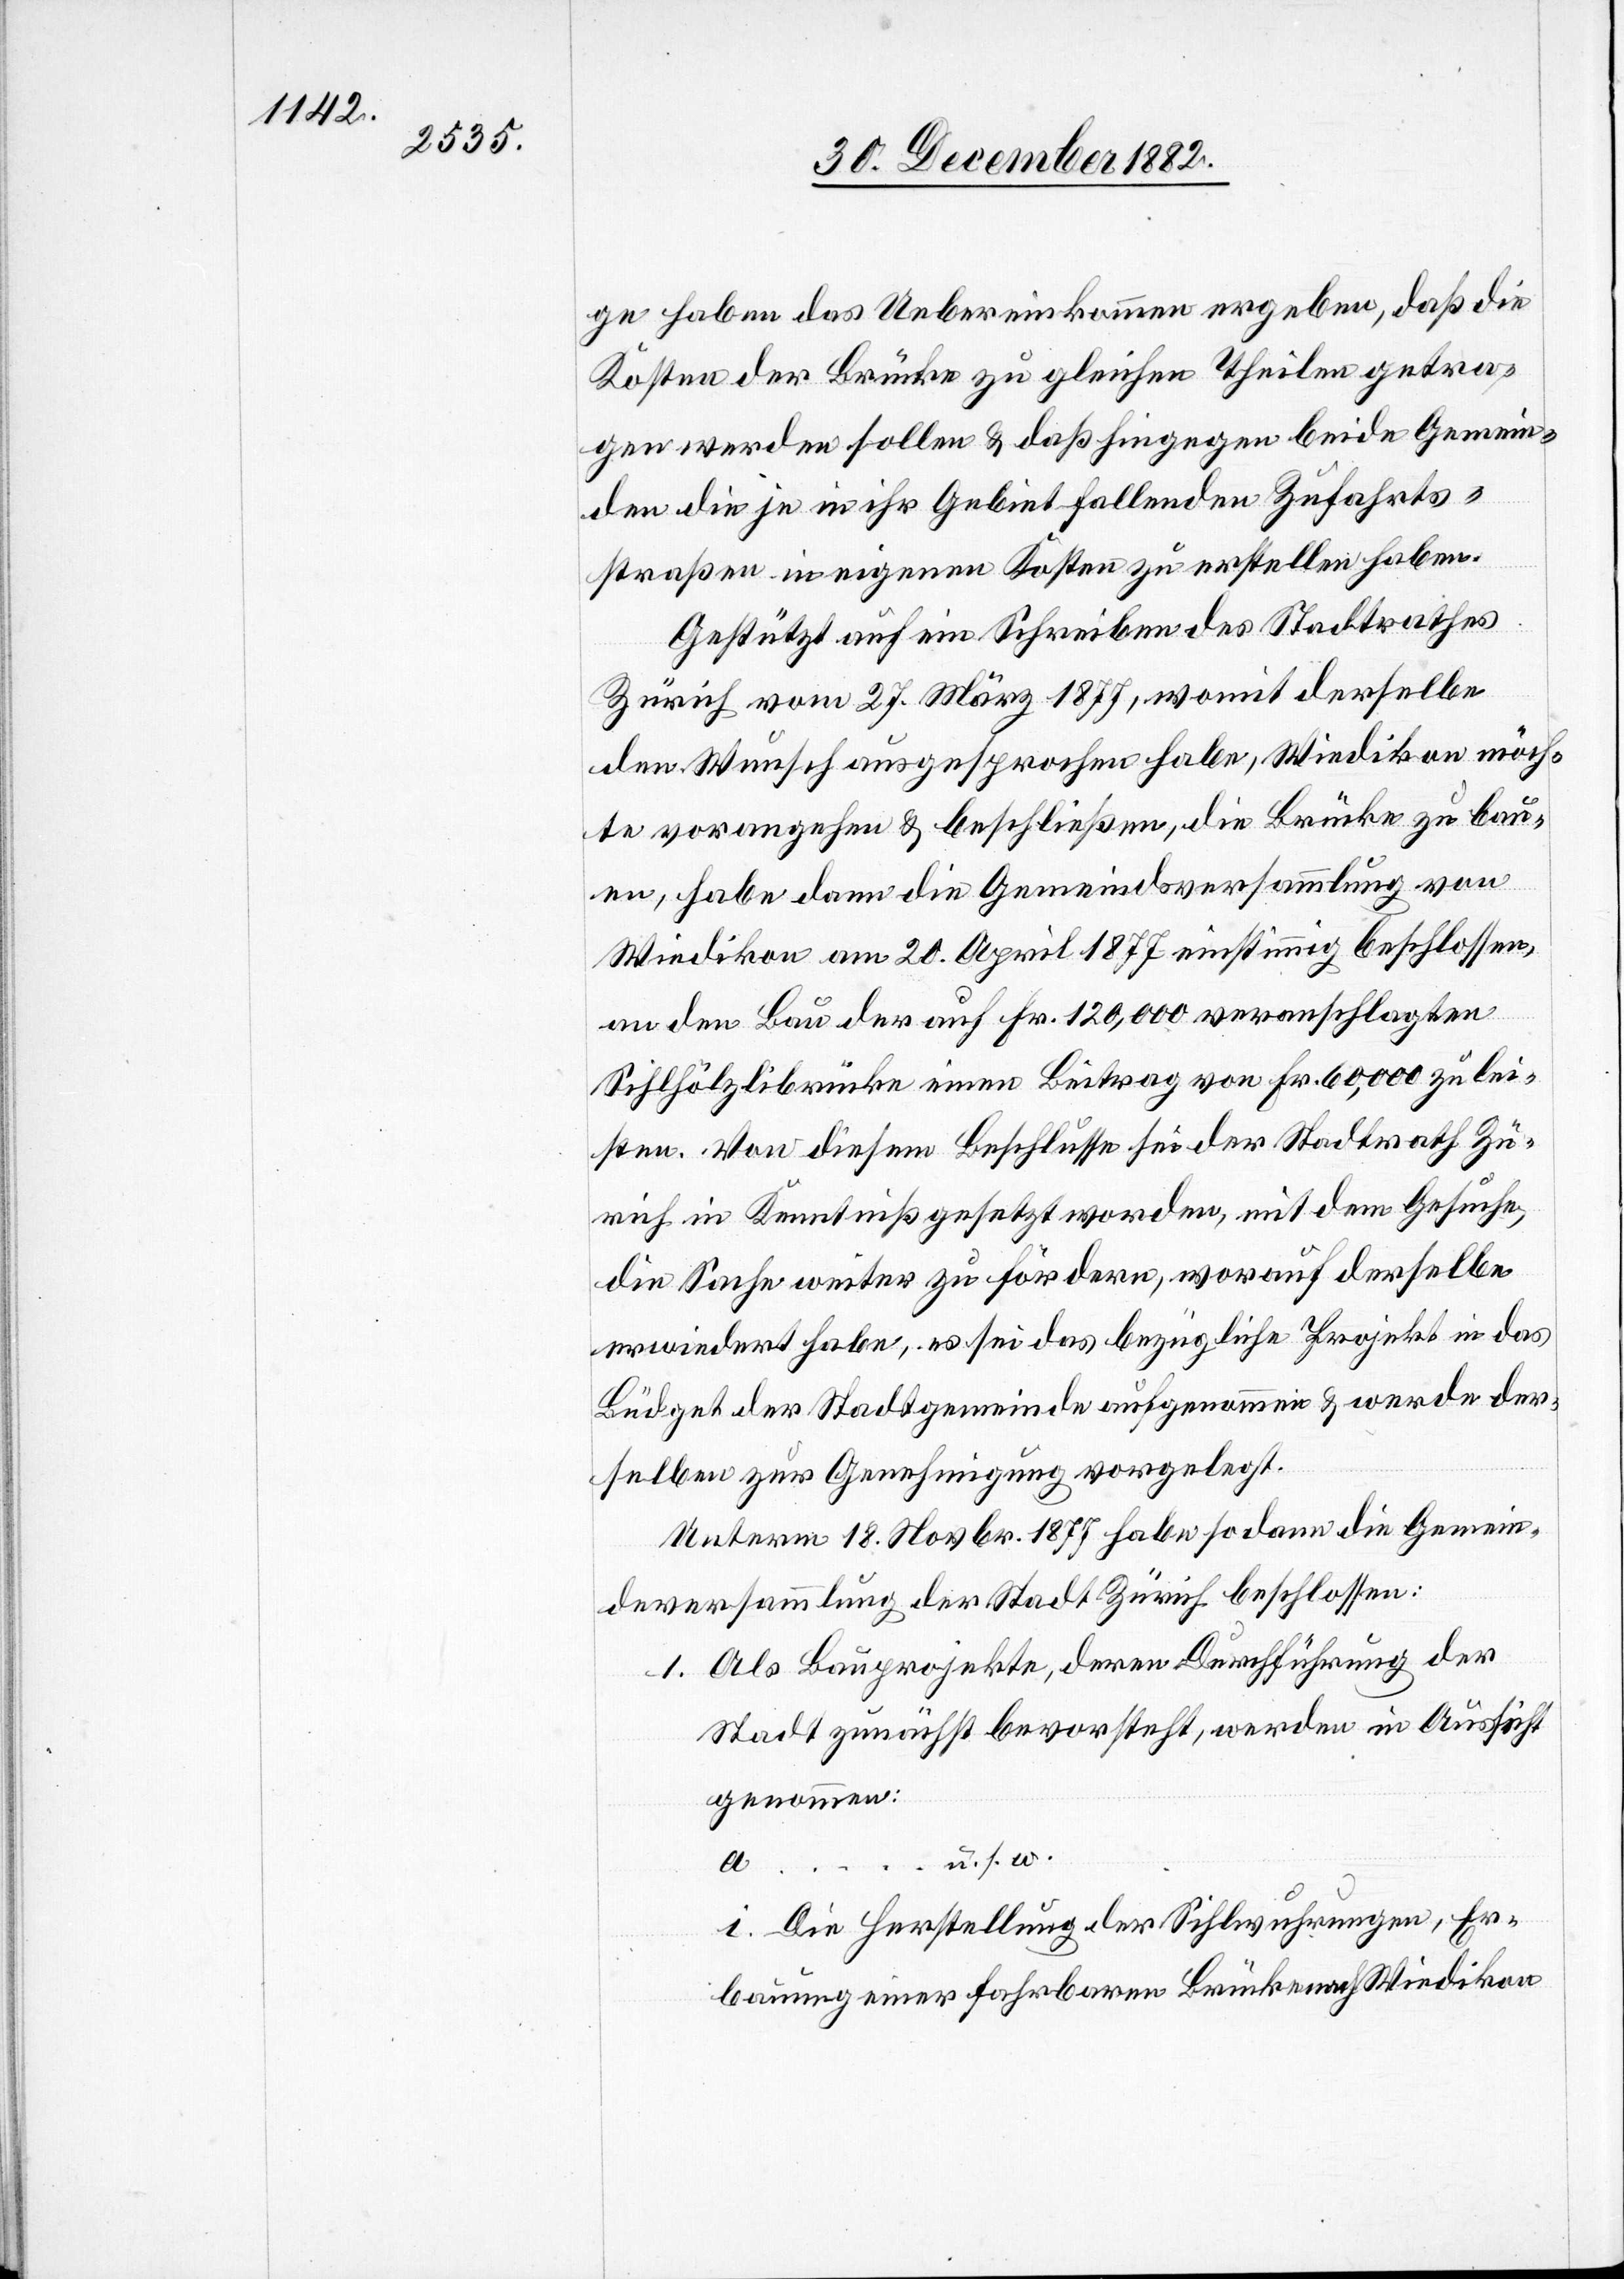
ge haben das Uebereinkommen ergeben, daß die
Kosten der Brücke zu gleichen Theilen getra¬
gen werden sollen & daß hiegegen beide Gemein¬
den die je in ihr Gebiet fallenden Zufahrts¬
straßen in eigenen Kosten zu erstellen haben.
Gestützt auf ein Schreiben des Stadtrathes
Zürich vom 27. März 1877, womit derselbe
den Wunsch ausgesprochen habe, Wiedikon möch¬
te vorangehen & beschließen, die Brücke zu bau¬
en, habe dann die Gemeindsversammlung von
Wiedikon am 20. April 1877 einstimmig beschlossen,
an den Bau der auf Fr. 120,000 veranschlagten
Sihlhölzlibrücke einen Beitrag von Fr. 60,000 zu lei¬
sten. Von diesem Beschlusse sei der Stadtrath Zü¬
rich in Kenntniß gesetzt worden, mit dem Gesuche,
die Sache weiter zu fördern, worauf derselbe
erwiedert habe, es sei das bezügliche Projekt in das
Büdget der Stadtgemeinde aufgenommen & werde der¬
selben zur Genehmigung vorgelegt.
Unterm 18. Novbr. 1877 habe sodann die Gemein¬
deversammlung der Stadt Zürich beschlossen:
1. Als Bauprojekte, deren Durchführung der
Stadt zunächst bevorsteht, werden in Aussicht
genommen:
u. s. w.
i. Die Herstellung der Sihlwuhrungen, Er¬
bauung einer fahrbaren Brücke nach Wiedikon